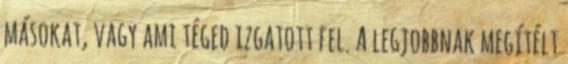
másokat, vagy ami téged izgatott fel. A legjobbnak megítélt